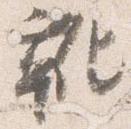
靴